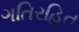
ગતિરહિત